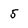
Character: 5